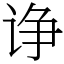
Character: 诤